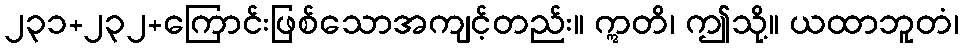
၂၃၁+၂၃၂+ကြောင်းဖြစ်သောအကျင့်တည်း။ ဣတိ၊ ဤသို့။ ယထာဘူတံ၊